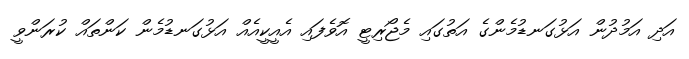
އަދި އަމުދުން އަޅުގަނޑުމެންގެ އަތުގައި މެޖޯރިޓީ އޮވެފައި އެއީކީއެއް އަޅުގަނޑުމެން ކަންތައް ކުރަންވީ